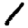
Digit: 1